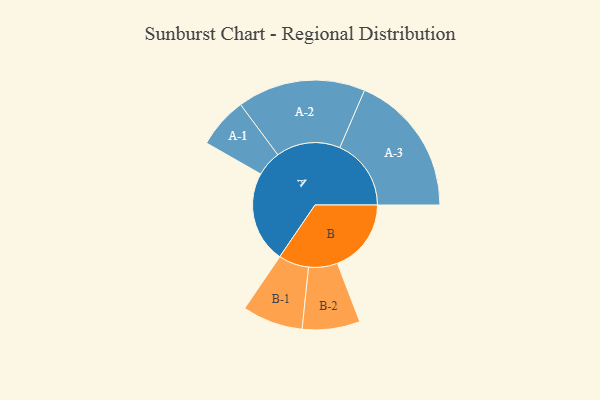
{"axis": {"x": "Segment", "y": "Value"}, "legend": ["", "A", "B"], "data": [{"x": "A", "y": 368, "type": ""}, {"x": "B", "y": 297, "type": ""}, {"x": "A-1", "y": 102, "type": "A"}, {"x": "A-2", "y": 258, "type": "A"}, {"x": "A-3", "y": 287, "type": "A"}, {"x": "B-1", "y": 122, "type": "B"}, {"x": "B-2", "y": 116, "type": "B"}]}